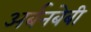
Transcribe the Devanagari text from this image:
अर्बनबेबी